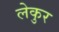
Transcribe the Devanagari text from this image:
लेकुर